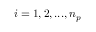
i = 1 , 2 , . . . , n _ { p }